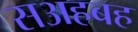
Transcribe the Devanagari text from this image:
सअहबह